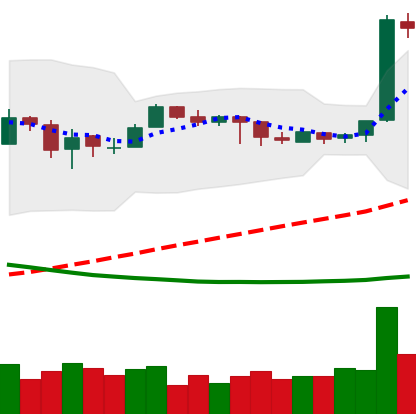
Ticker: EOS-USD
Chart end date: 2019-03-28
Forward return: 17.66%
Label: up_7plus